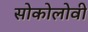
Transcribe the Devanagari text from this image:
सोकोलोवी